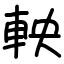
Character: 軮